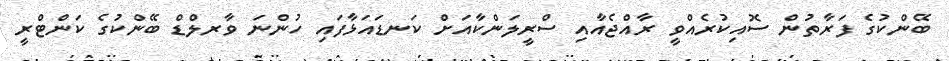
ބޭންކުގެ ފަރާތުން ސޮއިކުރެއްވީ ރާއްޖެއާއި ސްރީލަންކާއަށް ކަނޑައަޅާފައި ހުންނަ ވާރލްޑް ބޭންކުގެ ކަންޓްރީ